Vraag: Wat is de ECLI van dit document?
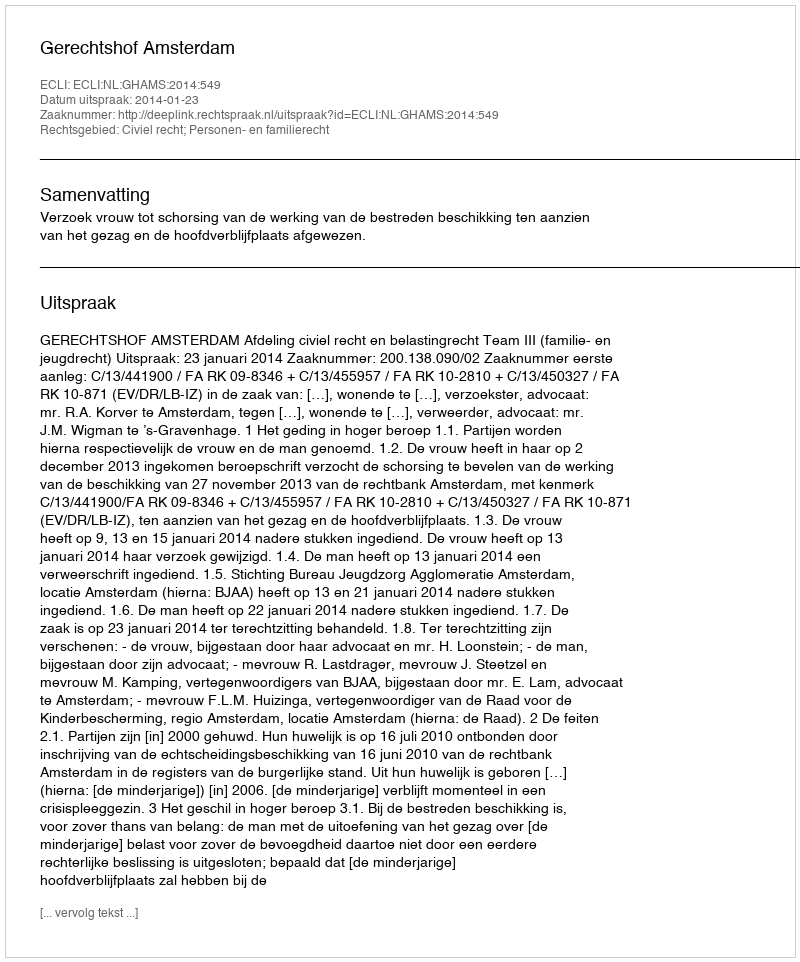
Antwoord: ECLI:NL:GHAMS:2014:549